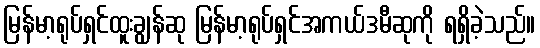
မြန်မာ့ရုပ်ရှင်ထူးချွန်ဆု မြန်မာ့ရုပ်ရှင်အကယ်ဒမီဆုကို ရရှိခဲ့သည်။